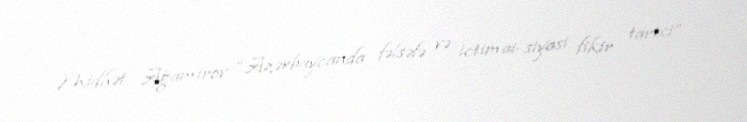
Midhət Ağamirov “Azərbaycanda fəlsəfə və ictimai-siyasi fikir tarixi”